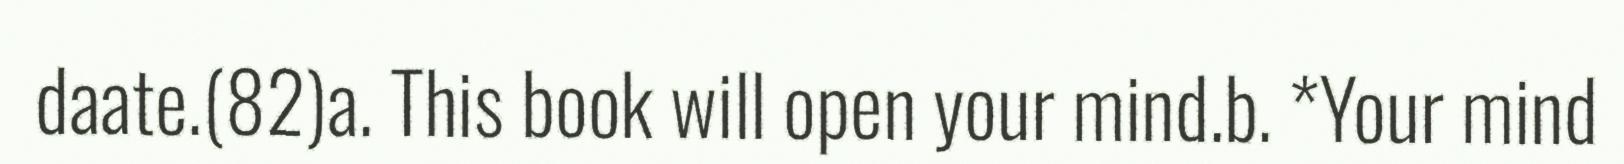
daate.(82)a. This book will open your mind.b. *Your mind